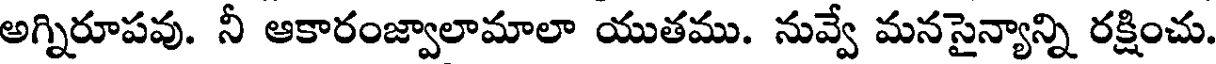
అగ్నిరూపవు. నీ ఆకారంజ్వాలామాలా యుతము. నువ్వే మనసైన్యాన్ని రక్షించు.